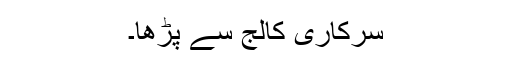
سرکاری کالج سے پڑھا۔